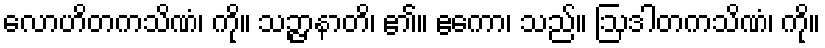
လောဟိတကသိဏံ၊ ကို။ သဉ္ဇာနာတိ၊ ၏။ ဧကော၊ သည်။ ဩဒါတကသိဏံ၊ ကို။